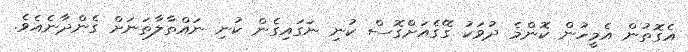
އެގޮތުން އެމީހުން ކޮންމެ ދުވަކު ގޭގެއަށްގޮސް ކުނި ނަގައިގެން ކުނި ނައްތާލާތަނަށް ގެންދާނެއެވެ.